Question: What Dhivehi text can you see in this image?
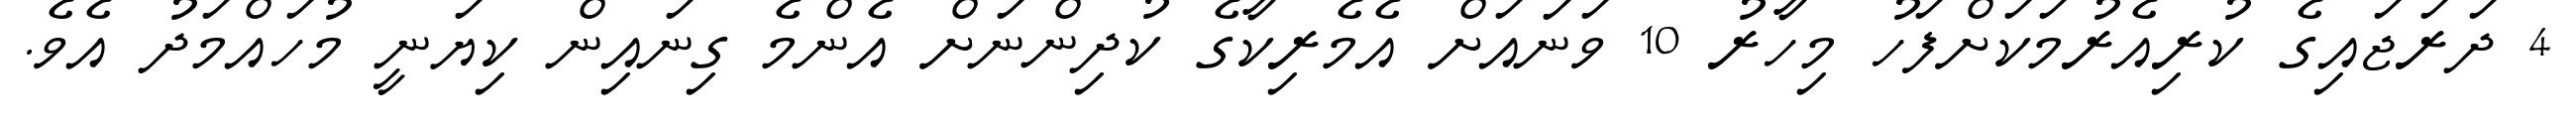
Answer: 4 ދަރަޖައިގެ ކުރިއެރުމަކަށްފަހު މިހާރު 10 ވަނައަށް އެމެރިކާގެ ކުދިންނަށް އެންމެ ގިނައިން ކިޔަނީ މުހައްމަދު އެވެ.